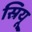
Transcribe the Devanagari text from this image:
स्रियू